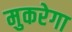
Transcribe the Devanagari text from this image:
मुकरेगा